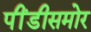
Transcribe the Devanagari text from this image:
पींडीसमोर